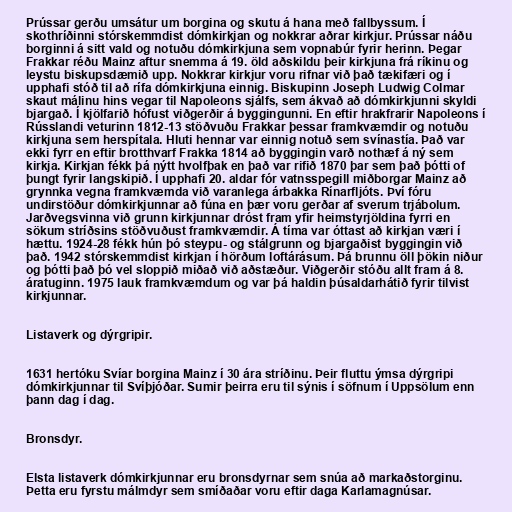
Prússar gerðu umsátur um borgina og skutu á hana með fallbyssum. Í
skothríðinni stórskemmdist dómkirkjan og nokkrar aðrar kirkjur. Prússar náðu
borginni á sitt vald og notuðu dómkirkjuna sem vopnabúr fyrir herinn. Þegar
Frakkar réðu Mainz aftur snemma á 19. öld aðskildu þeir kirkjuna frá ríkinu og
leystu biskupsdæmið upp. Nokkrar kirkjur voru rifnar við það tækifæri og í
upphafi stóð til að rífa dómkirkjuna einnig. Biskupinn Joseph Ludwig Colmar
skaut málinu hins vegar til Napoleons sjálfs, sem ákvað að dómkirkjunni skyldi
bjargað. Í kjölfarið hófust viðgerðir á byggingunni. En eftir hrakfrarir Napoleons í
Rússlandi veturinn 1812-13 stöðvuðu Frakkar þessar framkvæmdir og notuðu
kirkjuna sem herspítala. Hluti hennar var einnig notuð sem svínastía. Það var
ekki fyrr en eftir brotthvarf Frakka 1814 að byggingin varð nothæf á ný sem
kirkja. Kirkjan fékk þá nýtt hvolfþak en það var rifið 1870 þar sem það þótti of
þungt fyrir langskipið. Í upphafi 20. aldar fór vatnsspegill miðborgar Mainz að
grynnka vegna framkvæmda við varanlega árbakka Rínarfljóts. Því fóru
undirstöður dómkirkjunnar að fúna en þær voru gerðar af sverum trjábolum.
Jarðvegsvinna við grunn kirkjunnar dróst fram yfir heimstyrjöldina fyrri en
sökum stríðsins stöðvuðust framkvæmdir. Á tíma var óttast að kirkjan væri í
hættu. 1924-28 fékk hún þó steypu- og stálgrunn og bjargaðist byggingin við
það. 1942 stórskemmdist kirkjan í hörðum loftárásum. Þá brunnu öll þökin niður
og þótti það þó vel sloppið miðað við aðstæður. Viðgerðir stóðu allt fram á 8.
áratuginn. 1975 lauk framkvæmdum og var þá haldin þúsaldarhátið fyrir tilvist
kirkjunnar.

Listaverk og dýrgripir.

1631 hertóku Svíar borgina Mainz í 30 ára stríðinu. Þeir fluttu ýmsa dýrgripi
dómkirkjunnar til Svíþjóðar. Sumir þeirra eru til sýnis í söfnum í Uppsölum enn
þann dag í dag.

Bronsdyr.

Elsta listaverk dómkirkjunnar eru bronsdyrnar sem snúa að markaðstorginu.
Þetta eru fyrstu málmdyr sem smíðaðar voru eftir daga Karlamagnúsar.